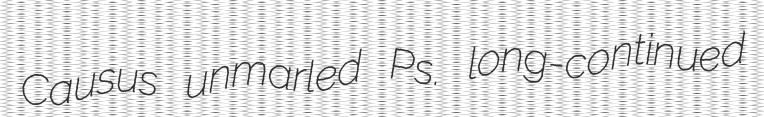
Causus unmarled Ps. long-continued